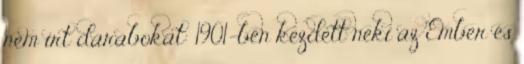
nem írt darabokat: 1901-ben kezdett neki az Ember és